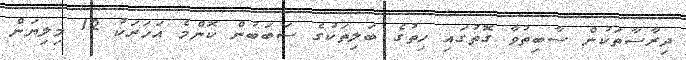
ދިރާސާތަކުން ސާބިތުވާ ގޮތުގައި ހިތުގެ ބަލިތަކުގެ ސަބަބުން ކޮންމެ އަހަރަކު 12 މިލިޔަން